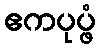
ဧကပုပ္ဖံ